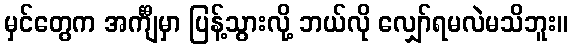
မှင်တွေက အင်္ကျီမှာ ပြန့်သွားလို့ ဘယ်လို လျှော်ရမလဲမသိဘူး။